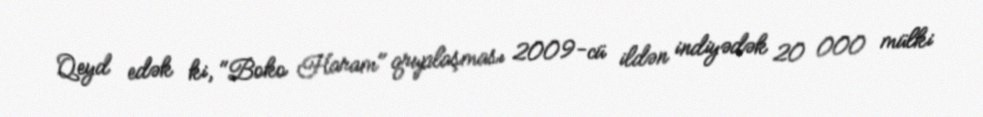
Qeyd edək ki, "Boko Haram" qruplaşması 2009-cü ildən indiyədək 20 000 mülki